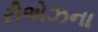
રીએઝના